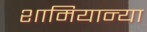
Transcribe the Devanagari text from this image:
शामियान्या